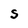
Character: s